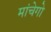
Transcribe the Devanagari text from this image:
मांचेगो